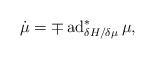
LaTeX: \begin{align*} \dot{ \mu } = \mp \operatorname{ad} ^\ast _{ \delta H / \delta \mu } \mu ,\end{align*}